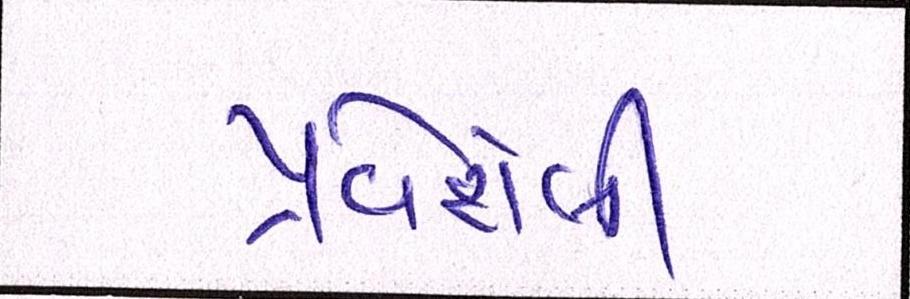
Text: પ્રવેશેલી